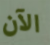
الآن